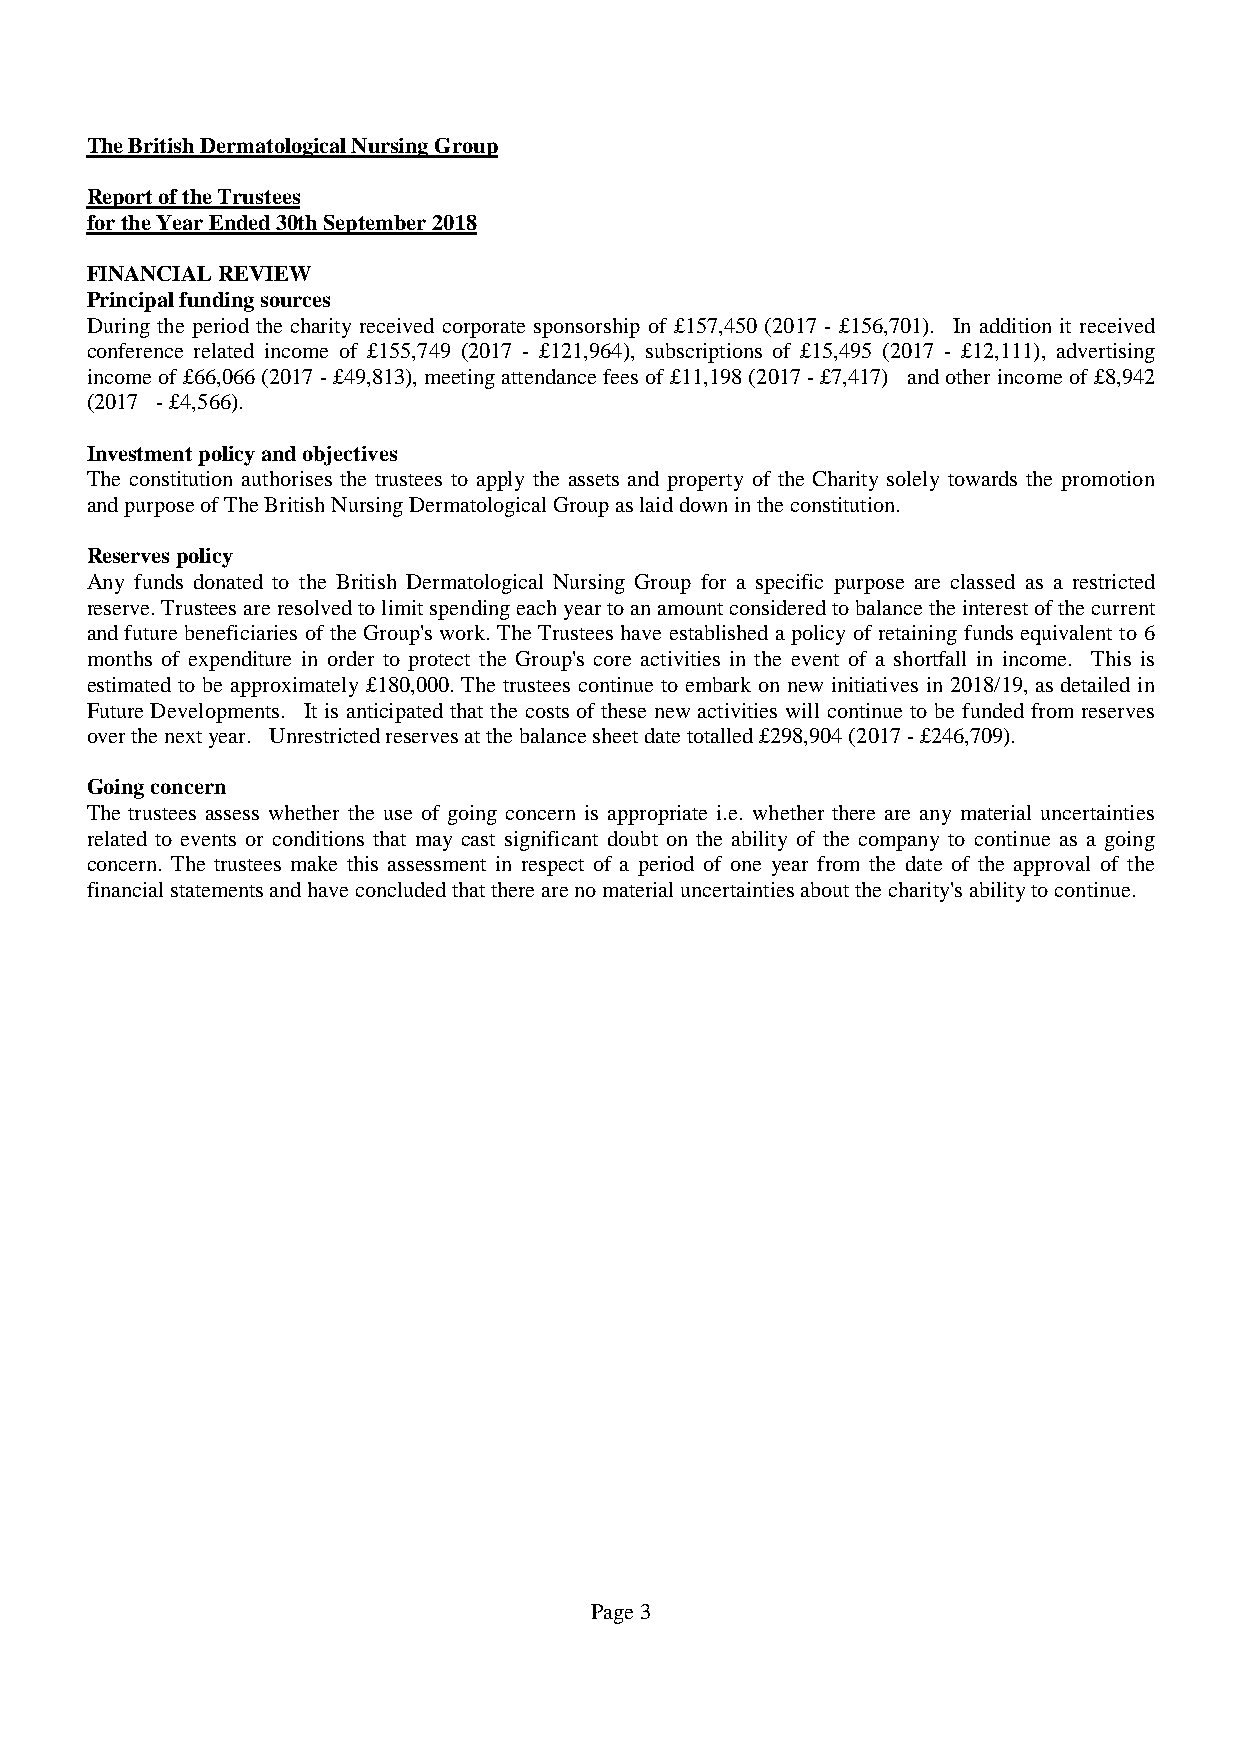
TheBritishDermatologicalNursingGroup
 ReportoftheTrustees
 fortheYearEnded30thSeptember2018
 FINANCIALREVIEW
 Principalfundingsources
 During the period the charity received corporate sponsorship of £157,450 (2017 - £156,701). In addition it received
 conference related income of £155,749 (2017 - £121,964), subscriptions of £15,495 (2017 - £12,111), advertising
 incomeof£66,066(2017-£49,813), meetingattendancefeesof£11,198(2017-£7,417) andotherincomeof£8,942
 (2017 -£4,566).
 Investmentpolicyandobjectives
 The constitution authorises the trustees to apply the assets and property of the Charity solely towards the promotion
 andpurposeofTheBritishNursingDermatologicalGroupaslaiddownintheconstitution.
 Reservespolicy
 Any funds donated to the British Dermatological Nursing Group for a specific purpose are classed as a restricted
 reserve.Trusteesareresolvedtolimitspendingeachyeartoanamountconsideredtobalancetheinterestofthecurrent
 and future beneficiaries of the Group's work. The Trustees have established a policy of retaining funds equivalent to 6
 months of expenditure in order to protect the Group's core activities in the event of a shortfall in income. This is
 estimated to be approximately£180,000. The trustees continue to embark on new initiatives in 2018/19, as detailed in
 Future Developments. It is anticipated that the costs of these new activities will continue to be funded from reserves
 overthenextyear. Unrestrictedreservesatthebalancesheetdatetotalled£298,904(2017-£246,709).
 Goingconcern
 The trustees assess whether the use of going concern is appropriate i.e. whether there are any material uncertainties
 related to events or conditions that may cast significant doubt on the ability of the company to continue as a going
 concern. The trustees make this assessment in respect of a period of one year from the date of the approval of the
 financialstatementsandhaveconcludedthattherearenomaterialuncertaintiesaboutthecharity'sabilitytocontinue.
 Page3